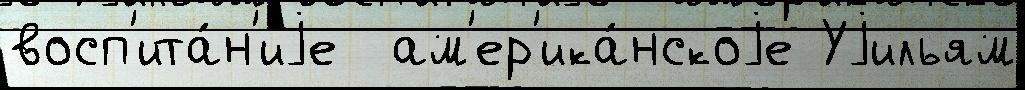
восп'ита́н'иjе  ам'ер'ика́нскоjе Уjильям